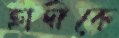
হাদীকে